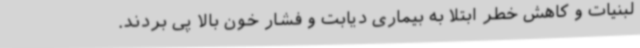
لبنیات و کاهش خطر ابتلا به بیماری دیابت و فشار خون بالا پی بردند.